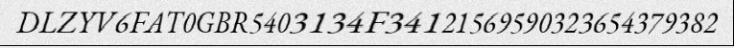
DLZYV6FAT0GBR5403134F34121569590323654379382